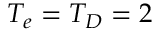
T _ { e } = T _ { D } = 2